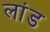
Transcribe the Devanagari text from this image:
लांड